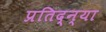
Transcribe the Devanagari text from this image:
प्रतिद्न्या